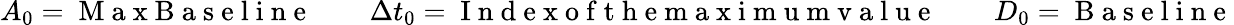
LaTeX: A_{0}=\mathrm{~M~a~x~B~a~s~e~l~i~n~e~}\qquad\Delta t_{0}=\mathrm{~I~n~d~e~x~o~f~t~h~e~m~a~x~i~m~u~m~v~a~l~u~e~}\qquad D_{0}=\mathrm{~B~a~s~e~l~i~n~e~}